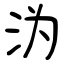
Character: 沩